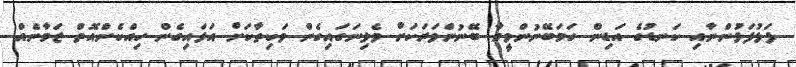
ފަޅުފަޅުންނާއި ކަނޑުގެ އަޑިން ހަމަބޭނުންވީމާ ބޭނުންވަރަކަށް ވެލިނަގައިގެން ވަކިތާކަށް އަޅައިގެން ހިއްކެންއޮތް ޒަމާނެއް